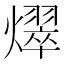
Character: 𪺀